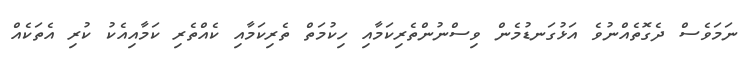
ނަމަވެސް ދެގޮތެއްނުވެ އަޅުގަނޑުމެން ވިސްނުންތެރިކަމާއި ހިކުމަތް ތެރިކަމާއި ކެއްތެރި ކަމާއިއެކު ކުރި އެތަކެއް